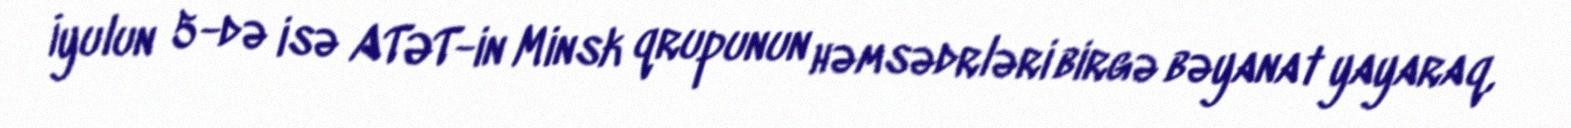
İyulun 5-də isə ATƏT-in Minsk qrupunun həmsədrləri birgə bəyanat yayaraq,